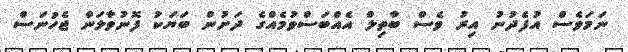
ނަމަވެސް އުފެދުނު އިރު ވެސް ބާތިލް އެއްބަސްވުމެއްގެ ދަށުން ބަޔަކު ފޮނުވާލަން ޖެހުނަސް